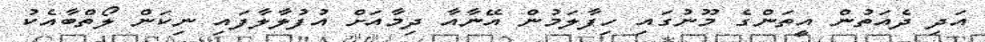
އަދި ދެއަތުން އީތަންގެ މޫނުގައި ހިފާލަމުން އޭނާއާ ދިމާއަށް އުފުލާލާފައި ނިކަން ލޯތްބާއެކު